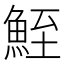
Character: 𩶪